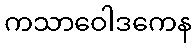
ကသာဝေါဒကေန